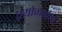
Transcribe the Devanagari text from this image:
प्रयोगार्हता